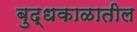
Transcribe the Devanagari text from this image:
बुद्धकाळातील